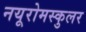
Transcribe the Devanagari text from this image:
नयूरोमस्कुलर